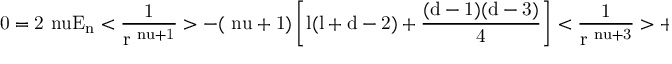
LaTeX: \mathrm { { 0 = 2 \ n u E _ { n } < \frac { 1 } { r ^ { \ n u + 1 } } > - ( \ n u + 1 ) \left[ l ( l + d - 2 ) + \frac { ( d - 1 ) ( d - 3 ) } { 4 } \right] < \frac { 1 } { r ^ { \ n u + 3 } } > + } }